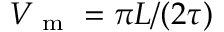
V _ { \mathrm { ~ m ~ } } = \pi L / ( 2 \tau )